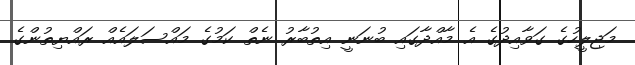
މަޖިލީހުގެ ގަވާއިދުގެ އެ މާއްދާގައި ބުނަނީ އިތުބާރު ނެތް ކަމުގެ މައްސަލައެއް ރައްޔިތުންގެ